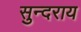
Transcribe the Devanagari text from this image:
सुन्दराय